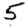
Digit: 5